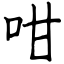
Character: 咁